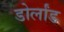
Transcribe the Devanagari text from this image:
डोर्लांड